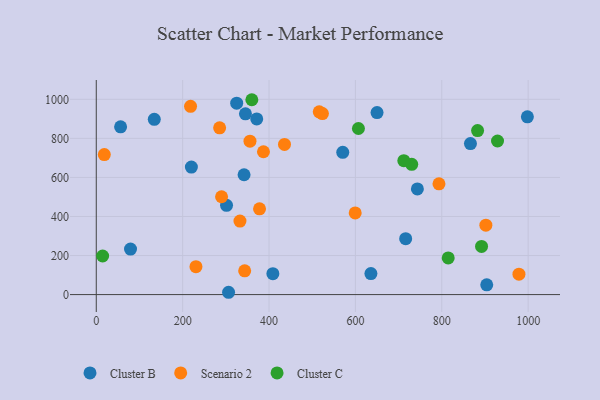
{"axis": {"x": "Speed", "y": "Sales"}, "legend": ["Cluster B", "Cluster C", "Scenario 2"], "data": [{"x": "56.3", "y": 859.1, "type": "Cluster B"}, {"x": "345.4", "y": 925.8, "type": "Cluster B"}, {"x": "904.1", "y": 50.2, "type": "Cluster B"}, {"x": "998.2", "y": 910.3, "type": "Cluster B"}, {"x": "743.5", "y": 541.2, "type": "Cluster B"}, {"x": "342.2", "y": 613.7, "type": "Cluster B"}, {"x": "716.4", "y": 286.2, "type": "Cluster B"}, {"x": "635.9", "y": 107.4, "type": "Cluster B"}, {"x": "134.3", "y": 897.6, "type": "Cluster B"}, {"x": "301.6", "y": 457.2, "type": "Cluster B"}, {"x": "79.3", "y": 233.1, "type": "Cluster B"}, {"x": "306.3", "y": 11.8, "type": "Cluster B"}, {"x": "866.4", "y": 773.4, "type": "Cluster B"}, {"x": "371.5", "y": 899.5, "type": "Cluster B"}, {"x": "220.2", "y": 652.8, "type": "Cluster B"}, {"x": "570.7", "y": 728.5, "type": "Cluster B"}, {"x": "325.1", "y": 980.5, "type": "Cluster B"}, {"x": "650.1", "y": 932.3, "type": "Cluster B"}, {"x": "408.9", "y": 107.0, "type": "Cluster B"}, {"x": "343.6", "y": 121.8, "type": "Scenario 2"}, {"x": "355.9", "y": 785.6, "type": "Scenario 2"}, {"x": "599.5", "y": 418.1, "type": "Scenario 2"}, {"x": "285.6", "y": 854.3, "type": "Scenario 2"}, {"x": "387.1", "y": 731.6, "type": "Scenario 2"}, {"x": "902.1", "y": 355.7, "type": "Scenario 2"}, {"x": "978.7", "y": 104.6, "type": "Scenario 2"}, {"x": "793.5", "y": 567.1, "type": "Scenario 2"}, {"x": "516.3", "y": 935.9, "type": "Scenario 2"}, {"x": "230.8", "y": 143.1, "type": "Scenario 2"}, {"x": "18.6", "y": 717.2, "type": "Scenario 2"}, {"x": "435.8", "y": 769.2, "type": "Scenario 2"}, {"x": "218.3", "y": 964.2, "type": "Scenario 2"}, {"x": "378.0", "y": 439.0, "type": "Scenario 2"}, {"x": "290.1", "y": 501.0, "type": "Scenario 2"}, {"x": "332.7", "y": 376.5, "type": "Scenario 2"}, {"x": "523.6", "y": 927.2, "type": "Scenario 2"}, {"x": "730.4", "y": 667.1, "type": "Cluster C"}, {"x": "712.1", "y": 685.6, "type": "Cluster C"}, {"x": "360.2", "y": 998.0, "type": "Cluster C"}, {"x": "892.1", "y": 246.8, "type": "Cluster C"}, {"x": "929.1", "y": 786.7, "type": "Cluster C"}, {"x": "882.9", "y": 839.8, "type": "Cluster C"}, {"x": "14.7", "y": 197.7, "type": "Cluster C"}, {"x": "607.0", "y": 850.5, "type": "Cluster C"}, {"x": "814.9", "y": 187.6, "type": "Cluster C"}]}